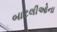
બાટલીઓના